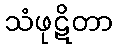
သံဖုဋိတာ